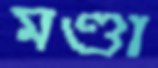
মণ্ডা